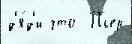
д'я́д'и что  Пьер